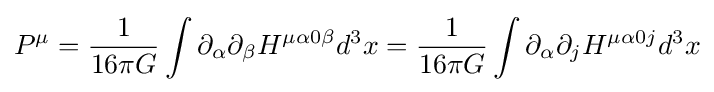
P^{\mu }={1 \over 16\pi G}\int \partial _{\alpha }\partial _{\beta }H^{\mu \alpha 0\beta }d^{3}x={1 \over 16\pi G}\int \partial _{\alpha }\partial _{j}H^{\mu \alpha 0j}d^{3}x